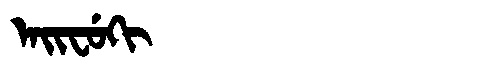
Manchu: ᠠᡳᠸᡠᡴᡳ
Romanization: AIFUKI